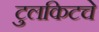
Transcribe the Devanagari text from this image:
टुलकिटचे